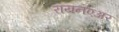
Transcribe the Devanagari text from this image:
रायनएअर